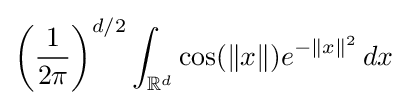
\left({\frac {1}{2\pi }}\right)^{d/2}\int _{\mathbb {R} ^{d}}\cos(\|x\|)e^{-\|x\|^{2}}\,dx